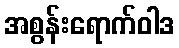
အစွန်းရောက်ဝါဒ